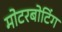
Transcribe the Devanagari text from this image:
मोटरबोटिंग